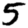
Digit: 5